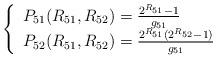
LaTeX: \begin{align*}\left\{\begin{array}{ll}P_{51}(R_{51},R_{52})= \frac{2^{R_{51}}-1}{g_{51}} \\ P_{52}(R_{51},R_{52})= \frac{2^{R_{51}}(2^{R_{52}}-1)}{g_{51}} \\\end{array} \right.\end{align*}